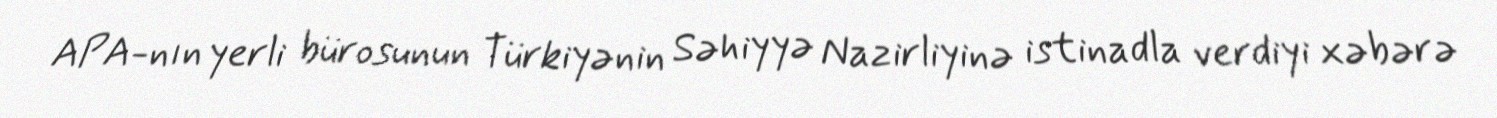
APA-nın yerli bürosunun Türkiyənin Səhiyyə Nazirliyinə istinadla verdiyi xəbərə